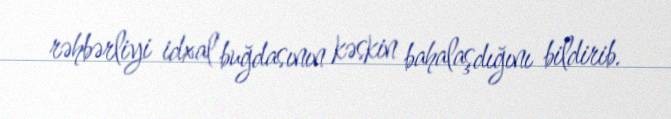
rəhbərliyi idxal buğdasının kəskin bahalaşdığını bildirib.